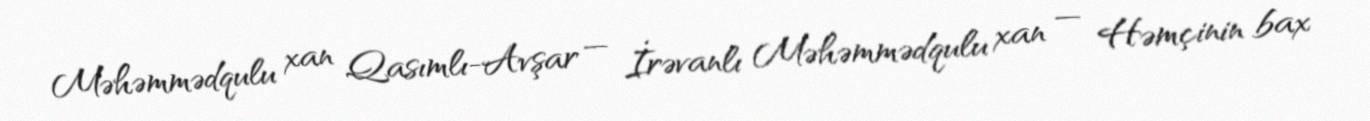
Məhəmmədqulu xan Qasımlı-Avşar — İrəvanlı Məhəmmədqulu xan — Həmçinin bax